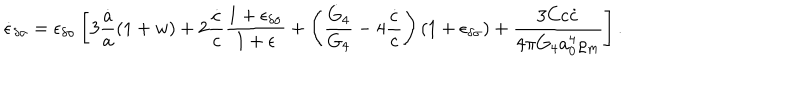
LaTeX: \dot { \epsilon } _ { \delta \sigma } = \epsilon _ { \delta \sigma } \left[ 3 { \frac { \dot { a } } { a } } ( 1 + w ) + 2 { \frac { \dot { c } } { c } } { \frac { 1 + \epsilon _ { \delta \sigma } } { 1 + \epsilon } } + \left( { \frac { \dot { G } _ { 4 } } { G _ { 4 } } } - 4 { \frac { \dot { c } } { c } } \right) ( 1 + \epsilon _ { \delta \sigma } ) + { \frac { 3 C c \dot { c } } { 4 \pi G _ { 4 } a _ { 0 } ^ { 4 } \varrho _ { m } } } \right] .